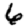
Digit: 6